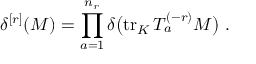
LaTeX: \delta ^ { [ r ] } ( M ) = \prod _ { a = 1 } ^ { n _ { r } } \delta \big ( \mathrm { t r } _ { K } \, T _ { a } ^ { ( - r ) } M \big ) \ .